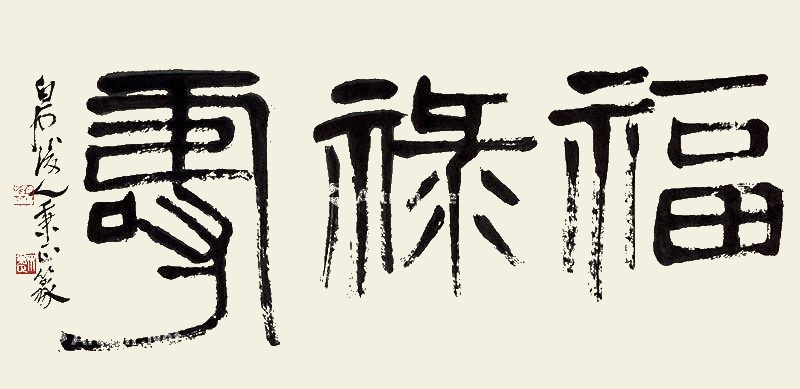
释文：福禄寿白石后人秉正篆。